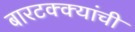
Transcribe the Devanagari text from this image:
बारटक्क्यांची